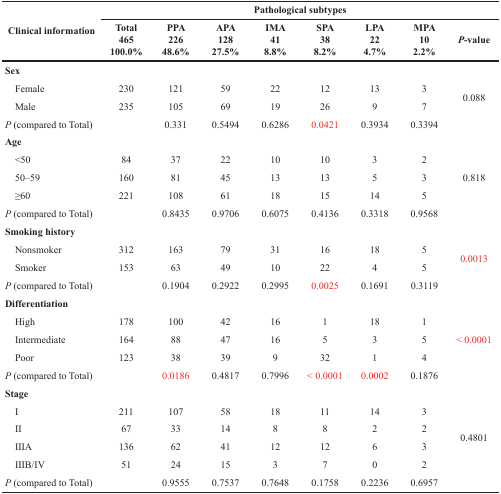
<table><thead><tr><td rowspan="2"><b>Clinical information</b></td><td colspan="8"><b>Pathological subtypes</b></td></tr><tr><td><b>Total465100.0%</b></td><td><b>PPA22648.6%</b></td><td><b>APA12827.5%</b></td><td><b>IMA418.8%</b></td><td><b>SPA388.2%</b></td><td><b>LPA224.7%</b></td><td><b>MPA102.2%</b></td><td><b><i>P</i>-value</b></td></tr></thead><tbody><tr><td><b>Sex</b></td><td></td><td></td><td></td><td></td><td></td><td></td><td></td><td></td></tr><tr><td> Female</td><td>230</td><td>121</td><td>59</td><td>22</td><td>12</td><td>13</td><td>3</td><td rowspan="2">0.088</td></tr><tr><td> Male</td><td>235</td><td>105</td><td>69</td><td>19</td><td>26</td><td>9</td><td>7</td></tr><tr><td colspan="2"><i>P</i> (compared to Total)</td><td>0.331</td><td>0.5494</td><td>0.6286</td><td>0.0421</td><td>0.3934</td><td>0.3394</td><td></td></tr><tr><td><b>Age</b></td><td></td><td></td><td></td><td></td><td></td><td></td><td></td><td></td></tr><tr><td> &lt;50</td><td>84</td><td>37</td><td>22</td><td>10</td><td>10</td><td>3</td><td>2</td><td rowspan="3">0.818</td></tr><tr><td> 50–59</td><td>160</td><td>81</td><td>45</td><td>13</td><td>13</td><td>5</td><td>3</td></tr><tr><td> ≥60</td><td>221</td><td>108</td><td>61</td><td>18</td><td>15</td><td>14</td><td>5</td></tr><tr><td colspan="2"><i>P</i> (compared to Total)</td><td>0.8435</td><td>0.9706</td><td>0.6075</td><td>0.4136</td><td>0.3318</td><td>0.9568</td><td></td></tr><tr><td><b>Smoking history</b></td><td></td><td></td><td></td><td></td><td></td><td></td><td></td><td rowspan="4">0.0013</td></tr><tr><td> Nonsmoker</td><td>312</td><td>163</td><td>79</td><td>31</td><td>16</td><td>18</td><td>5</td></tr><tr><td> Smoker</td><td>153</td><td>63</td><td>49</td><td>10</td><td>22</td><td>4</td><td>5</td></tr><tr><td colspan="2"><i>P</i> (compared to Total)</td><td>0.1904</td><td>0.2922</td><td>0.2995</td><td>0.0025</td><td>0.1691</td><td>0.3119</td></tr><tr><td><b>Differentiation</b></td><td></td><td></td><td></td><td></td><td></td><td></td><td></td><td></td></tr><tr><td> High</td><td>178</td><td>100</td><td>42</td><td>16</td><td>1</td><td>18</td><td>1</td><td rowspan="3">&lt; 0.0001</td></tr><tr><td> Intermediate</td><td>164</td><td>88</td><td>47</td><td>16</td><td>5</td><td>3</td><td>5</td></tr><tr><td> Poor</td><td>123</td><td>38</td><td>39</td><td>9</td><td>32</td><td>1</td><td>4</td></tr><tr><td colspan="2"><i>P</i> (compared to Total)</td><td>0.0186</td><td>0.4817</td><td>0.7996</td><td>&lt; 0.0001</td><td>0.0002</td><td>0.1876</td><td></td></tr><tr><td><b>Stage</b></td><td></td><td></td><td></td><td></td><td></td><td></td><td></td><td></td></tr><tr><td> I</td><td>211</td><td>107</td><td>58</td><td>18</td><td>11</td><td>14</td><td>3</td><td rowspan="4">0.4801</td></tr><tr><td> II</td><td>67</td><td>33</td><td>14</td><td>8</td><td>8</td><td>2</td><td>2</td></tr><tr><td> IIIA</td><td>136</td><td>62</td><td>41</td><td>12</td><td>12</td><td>6</td><td>3</td></tr><tr><td> IIIB/IV</td><td>51</td><td>24</td><td>15</td><td>3</td><td>7</td><td>0</td><td>2</td></tr><tr><td colspan="2"><i>P</i> (compared to Total)</td><td>0.9555</td><td>0.7537</td><td>0.7648</td><td>0.1758</td><td>0.2236</td><td>0.6957</td><td></td></tr></tbody></table>